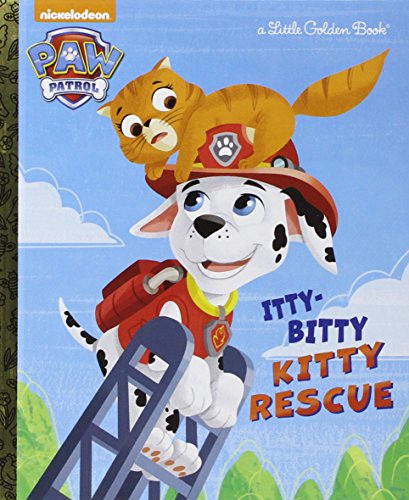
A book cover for The Itty-Bitty Kitty Rescue (Paw Patrol) (Little Golden Book); Golden Books; Children's Books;